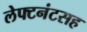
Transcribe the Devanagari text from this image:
लेफ्टनंटसह